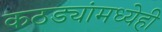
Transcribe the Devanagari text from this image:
कठड्यांमध्येही